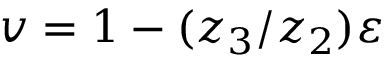
v = 1 - ( z _ { 3 } / z _ { 2 } ) \varepsilon